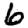
Digit: 6